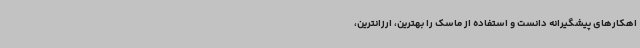
اهکارهای پیشگیرانه دانست و استفاده از ماسک را بهترین، ارزانترین،